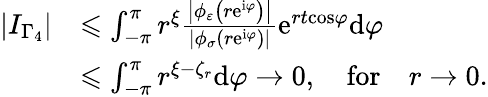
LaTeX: \begin{array}{rl}{\left\vert I_{\Gamma_{4}}\right\vert}&{\leqslant\int_{-\pi}^{\pi}r^{\xi}\frac{\left\vert\phi_{\varepsilon}\left(r\mathrm{e}^{\mathrm{i}\varphi}\right)\right\vert}{\left\vert\phi_{\sigma}\left(r\mathrm{e}^{\mathrm{i}\varphi}\right)\right\vert}\mathrm{e}^{rt\mathrm{\cos}\varphi}\mathrm{d}\varphi}\\ &{\leqslant\int_{-\pi}^{\pi}r^{\xi-\zeta_{r}}\mathrm{d}\varphi\rightarrow 0,\quad\mathrm{for}\quad r\rightarrow 0.}\end{array}